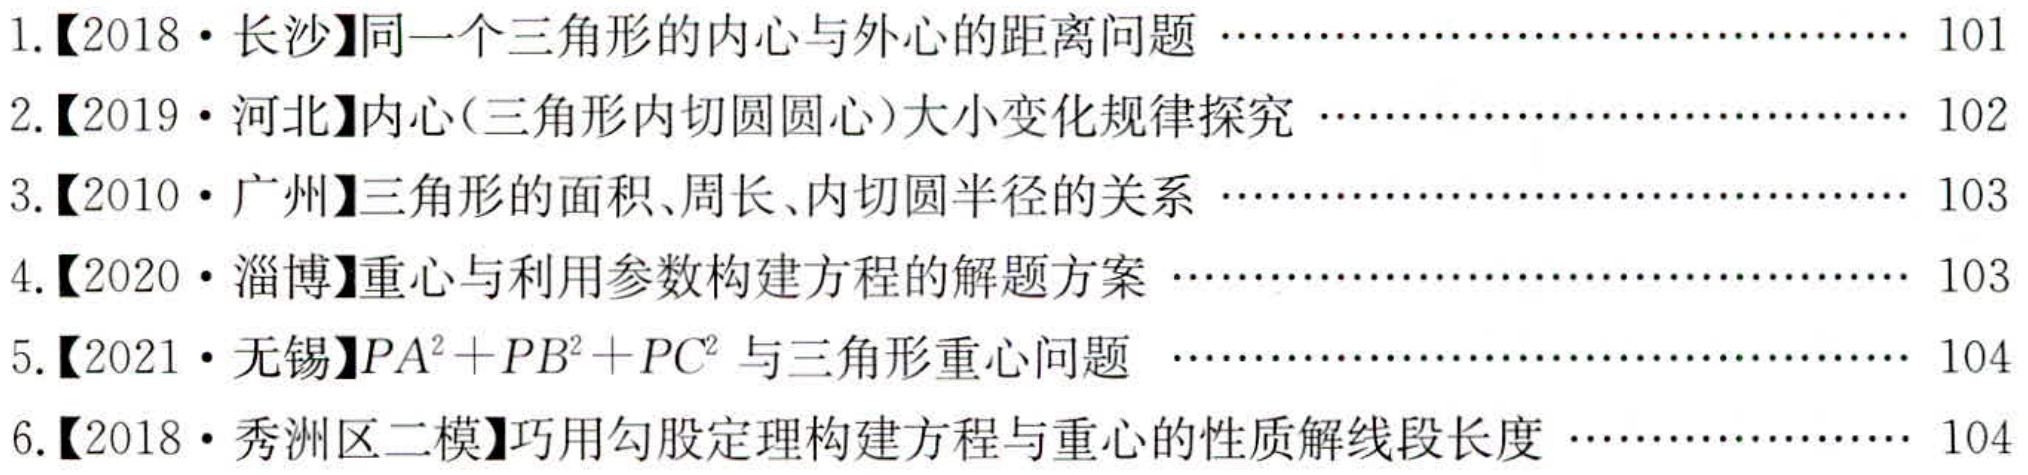
1.【2018·长沙】同一个三角形的内心与外心的距离问题 \(\cdots\cdots\cdots\cdots\cdots\cdots\cdots\cdots\cdots\cdots\cdots\cdots\cdots\cdots\cdots\cdots\) 101
2.【2019·河北】内心(三角形内切圆圆心)大小变化规律探究 \(\cdots\cdots\cdots\cdots\cdots\cdots\cdots\cdots\cdots\cdots\cdots\cdots\cdots\cdots\cdots\cdots\) 102
3.【2010·广州】三角形的面积、周长、内切圆半径的关系 \(\cdots\cdots\cdots\cdots\cdots\cdots\cdots\cdots\cdots\cdots\cdots\cdots\cdots\cdots\cdots\cdots\) 103
4.【2020·淄博】重心与利用参数构建方程的解题方案 \(\cdots\cdots\cdots\cdots\cdots\cdots\cdots\cdots\cdots\cdots\cdots\cdots\cdots\cdots\cdots\cdots\) 103
5.【2021·无锡】\(PA^{2}+PB^{2}+PC^{2}\) 与三角形重心问题 \(\cdots\cdots\cdots\cdots\cdots\cdots\cdots\cdots\cdots\cdots\cdots\cdots\cdots\cdots\cdots\cdots\) 104
6.【2018·秀洲区二模】巧用勾股定理构建方程与重心的性质解线段长度 \(\cdots\cdots\cdots\cdots\cdots\cdots\cdots\cdots\cdots\cdots\) 104